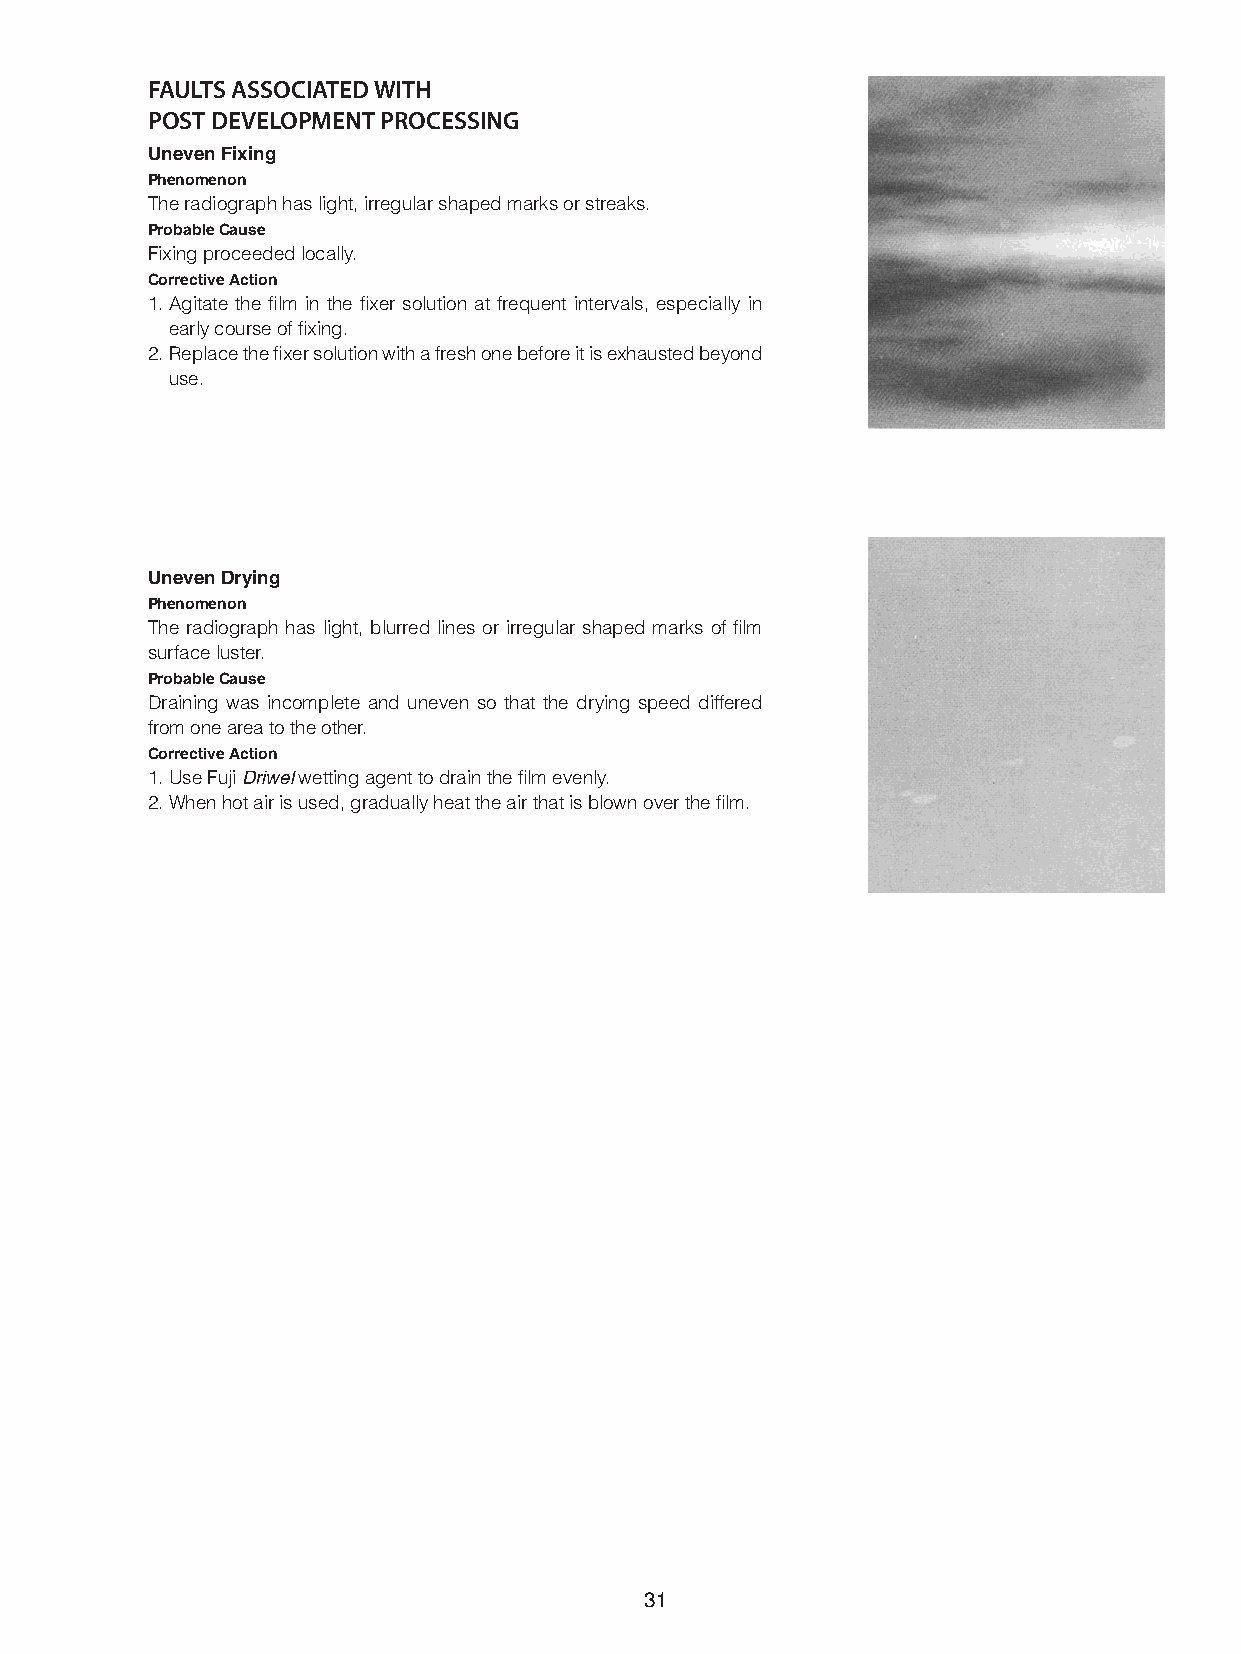
fauLtS aSSocIated WIth
 PoSt deVeLoPment ProceSSInG
 Uneven Fixing
 Phenomenon
 The radiograph has light, irregular shaped marks or streaks.
 Probable Cause
 Fixing proceeded locally.
 Corrective Action
 1. Agitate the film in the fixer solution at frequent intervals, especially in
 early course of fixing.
 2. Replace the fixer solution with a fresh one before it is exhausted beyond
 use.
 Uneven Drying
 Phenomenon
 The radiograph has light, blurred lines or irregular shaped marks of film
 surface luster.
 Probable Cause
 Draining was incomplete and uneven so that the drying speed differed
 from one area to the other.
 Corrective Action
 1. Use Fuji Driwel wetting agent to drain the film evenly.
 2. When hot air is used, gradually heat the air that is blown over the film.
 